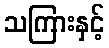
သကြားနှင့်